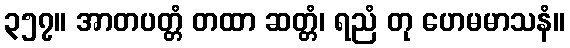
၃၅၇။ အာတပတ္တံ တထာ ဆတ္တံ၊ ရညံ တု ဟေမမာသနံ။